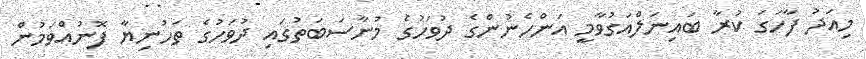
މިއަދު ފާހަގަ ކުރާ ބައިނަލްއަގުވާމީ އަންހެނުންގެ ދުވަހުގެ މުނާސަބަތުގައި ދުވަހުގެ ތަހުނިޔާ ފޮނުއްވަމުން